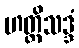
ဟတ္ထိသဒ္ဒံ